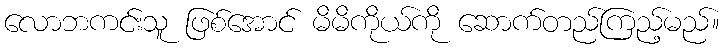
လောဘကင်းသူ ဖြစ်အောင် မိမိကိုယ်ကို ဆောက်တည်ကြည့်မည်။